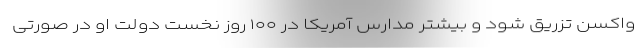
واکسن تزریق شود و بیشتر مدارس آمریکا در ۱۰۰ روز نخست دولت او در صورتی